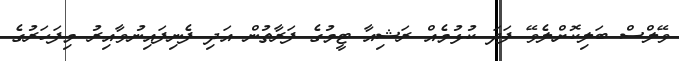
ވޭލްސް ބަލިކޮށްލެވޭ ފަދަ ކުޅުމެއް ރަޝިއާ ޓީމުގެ ފަރާތުން އަދި ފެނިފައިނުވާއިރު މިފަހަރުގެ